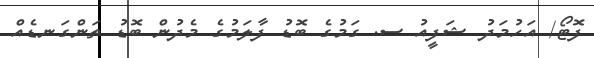
ފޮޓޯ/ އަހުމަދު ޝަފީއު ސ. ގަމުގެ ބޮޑު ފާލަމުގެ މެދުން ބޮޑު ތަންގަނޑެއް